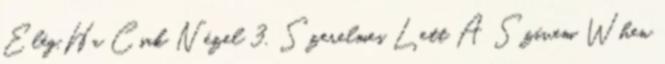
Elég,Ha Csak Nézel 3. Szerelmes Lett A Szívem When